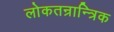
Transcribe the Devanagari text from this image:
लोकतन्रान्त्रिक